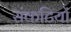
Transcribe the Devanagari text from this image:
संकटियों